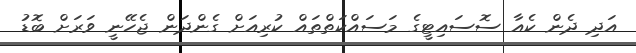
އަދި ދެން ކެއާ ސޮސައިޓީގެ މަސައްކަތްތައް ކުރިއަށް ގެންދަން ޖެހޭނީ ވަރަށް ބޮޑު